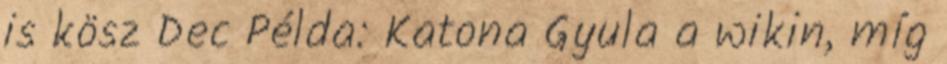
is kösz Dec Példa: Katona Gyula a wikin, míg